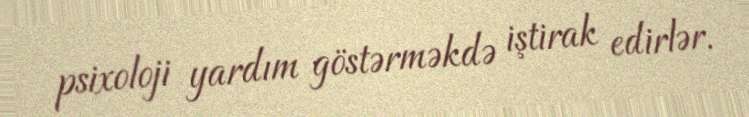
psixoloji yardım göstərməkdə iştirak edirlər.